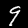
Label: 9